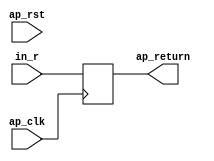
// ==============================================================
// RTL generated by Vivado(TM) HLS - High-Level Synthesis from C, C++ and SystemC
// Version: 2017.4.op
// Copyright (C) 1986-2018 Xilinx, Inc. All Rights Reserved.
// 
// ===========================================================

`timescale 1 ns / 1 ps 

module reg_int_s (
        ap_clk,
        ap_rst,
        in_r,
        ap_return
);


input   ap_clk;
input   ap_rst;
input  [19:0] in_r;
output  [19:0] ap_return;

reg[19:0] ap_return;

wire    ap_block_state1_pp0_stage0_iter0;
wire    ap_block_state2_pp0_stage0_iter1;
wire    ap_block_pp0_stage0_11001;

always @ (posedge ap_clk) begin
    if ((1'b0 == ap_block_pp0_stage0_11001)) begin
        ap_return <= in_r;
    end
end

assign ap_block_pp0_stage0_11001 = ~(1'b1 == 1'b1);

assign ap_block_state1_pp0_stage0_iter0 = ~(1'b1 == 1'b1);

assign ap_block_state2_pp0_stage0_iter1 = ~(1'b1 == 1'b1);

endmodule //reg_int_s